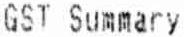
GST SUMMARY